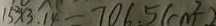
1 5 ^ { 2 } \times 3 . 1 4 = 7 0 6 . 5 ( c m ^ { 2 } )